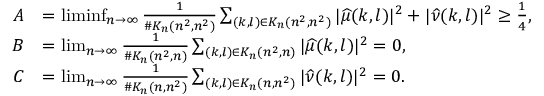
\begin{array} { r l } { A } & { = \operatorname* { l i m i n f } _ { n \rightarrow \infty } \frac { 1 } { \# K _ { n } ( n ^ { 2 } , n ^ { 2 } ) } \sum _ { ( k , l ) \in K _ { n } ( n ^ { 2 } , n ^ { 2 } ) } | \widehat { \mu } ( k , l ) | ^ { 2 } + | \widehat { \nu } ( k , l ) | ^ { 2 } \geq \frac { 1 } { 4 } , } \\ { B } & { = \operatorname* { l i m } _ { n \rightarrow \infty } \frac { 1 } { \# K _ { n } ( n ^ { 2 } , n ) } \sum _ { ( k , l ) \in K _ { n } ( n ^ { 2 } , n ) } | \widehat { \mu } ( k , l ) | ^ { 2 } = 0 , } \\ { C } & { = \operatorname* { l i m } _ { n \rightarrow \infty } \frac { 1 } { \# K _ { n } ( n , n ^ { 2 } ) } \sum _ { ( k , l ) \in K _ { n } ( n , n ^ { 2 } ) } | \widehat { \nu } ( k , l ) | ^ { 2 } = 0 . } \end{array}